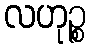
လဟုဉ္စ